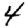
Digit: 4